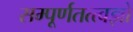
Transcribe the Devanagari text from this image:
सम्पूर्णतत्त्वज्ञो